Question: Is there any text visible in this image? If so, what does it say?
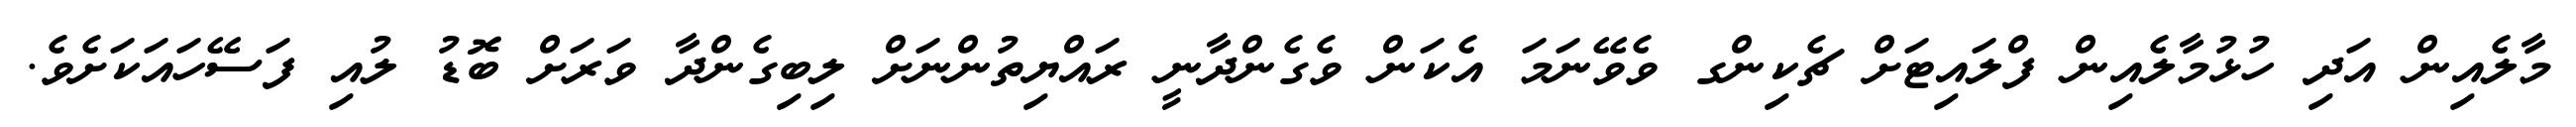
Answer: މާލެއިން އަދި ހުޅުމާލެއިން ފްލައިޓަށް ޗެކިންގ ވެވޭނަމަ އެކަން ވެގެންދާނީ ރައްޔިތުންނަށް ލިބިގެންދާ ވަރަށް ބޮޑު ލުއި ފަސޭހައަކަށެވެ.